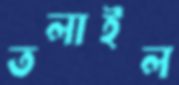
তলাইল